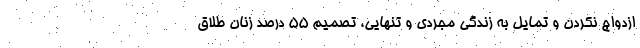
ازدواج نکردن و تمایل به زندگی مجردی و تنهایی، تصمیم 55 درصد زنان طلاق